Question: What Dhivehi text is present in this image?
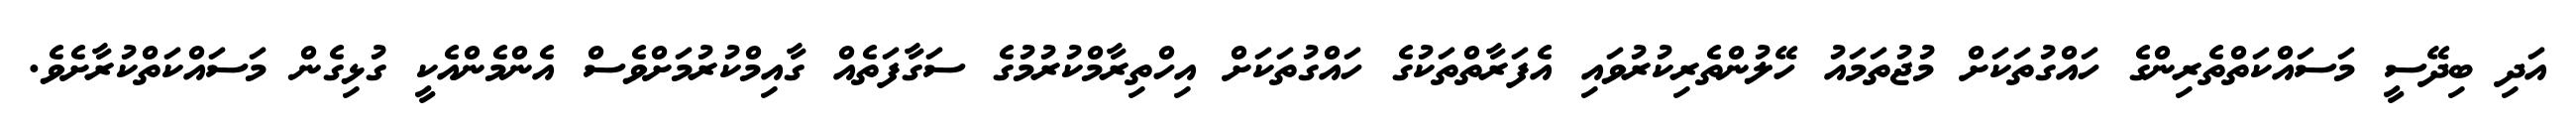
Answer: އަދި ބިދޭސީ މަސައްކަތްތެރިންގެ ހައްގުތަކަށް މުޖުތަމައު ހޭލުންތެރިކުރުވައި އެފަރާތްތަކުގެ ހައްގުތަކަށް އިހްތިރާމްކުރުމުގެ ސަގާފަތެއް ގާއިމްކުރުމަށްވެސް އެންމެންއެކީ ގުޅިގެން މަސައްކަތްކުރާށެވެ.